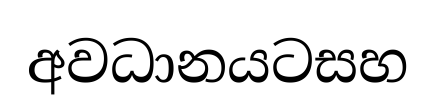
අවධානයටසහ